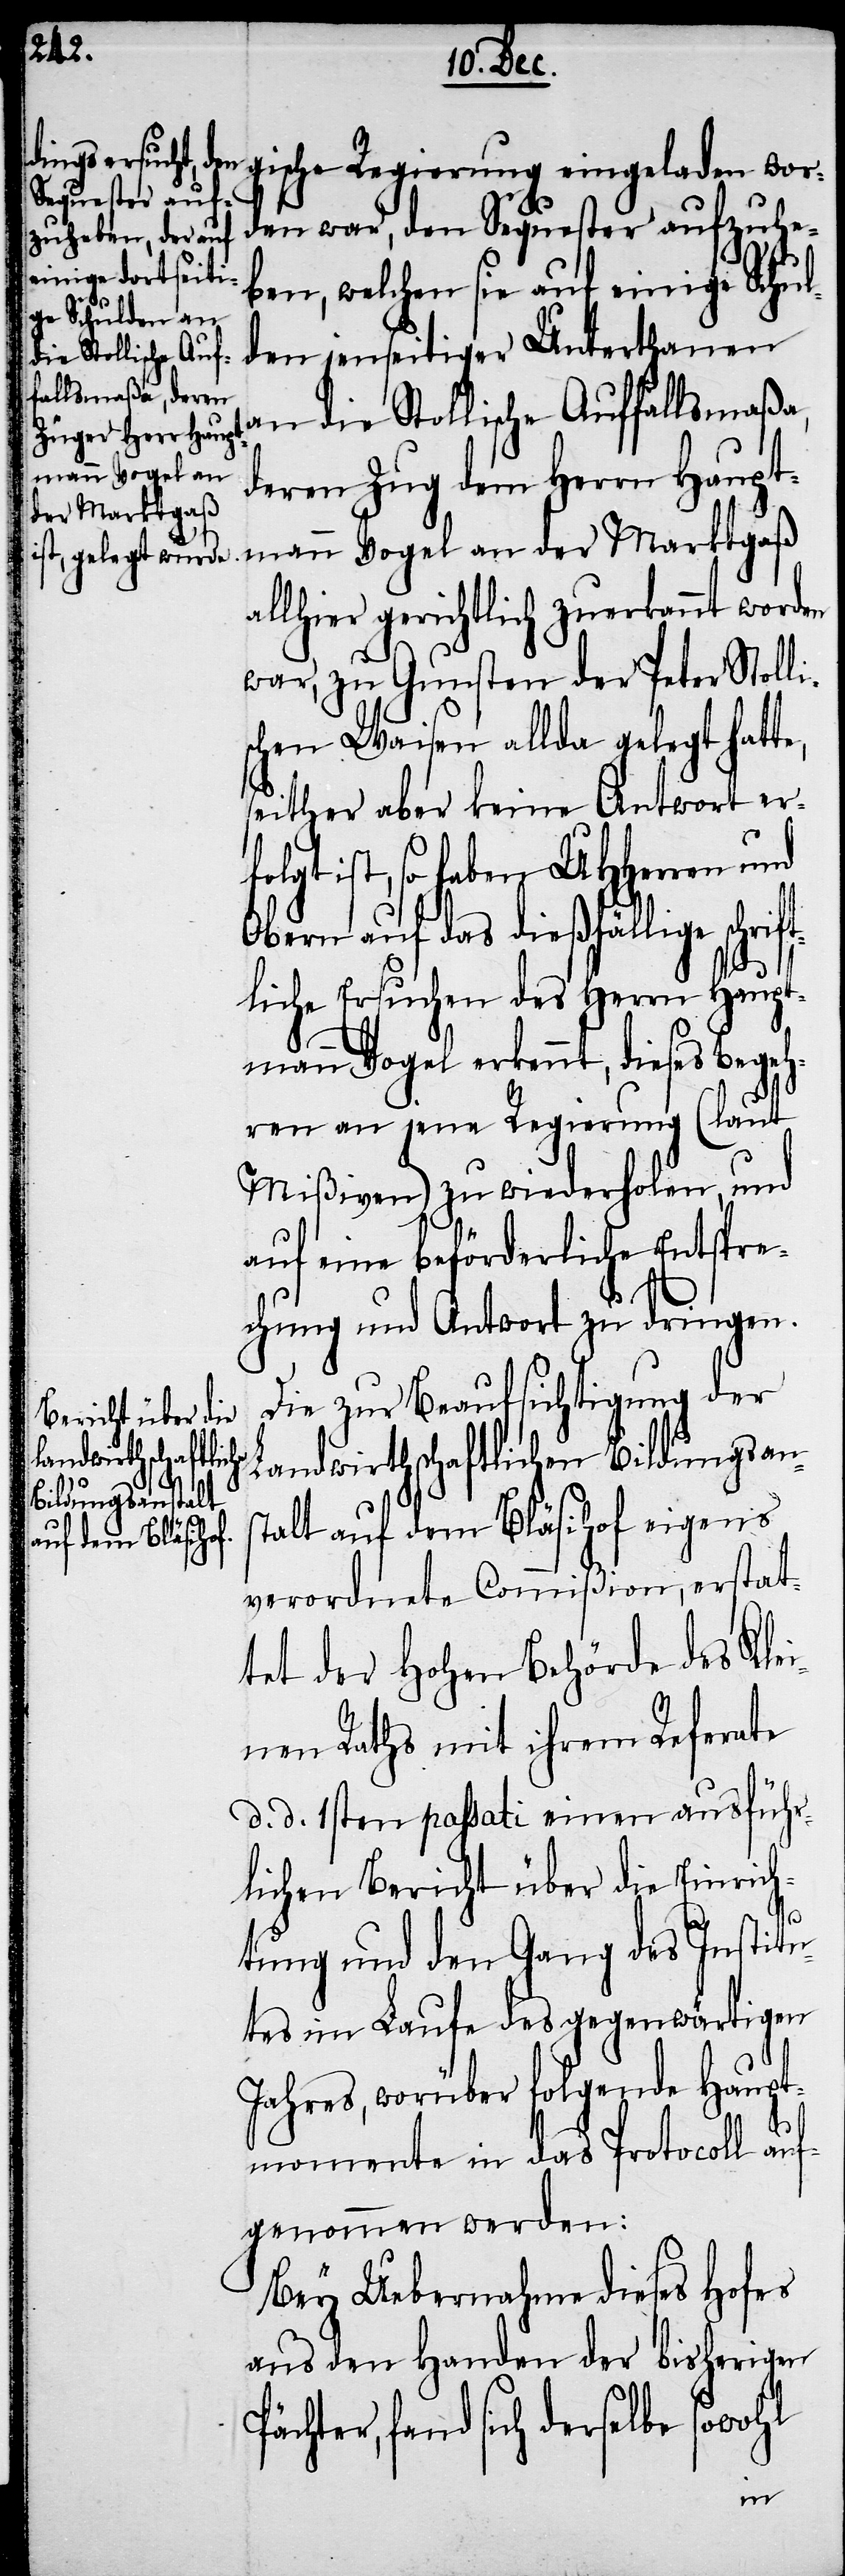
gische Regierung eingeladen wor¬
den war, den Sequester aufzuhe¬
ben, welchen sie auf einige Schul¬
den jenseitiger Unterthanen
an die Stollische Auffallsmaßa,
deren Zug dem Herrn Haupt¬
mann Vogel an der Marktgaß
allhier gerichtlich zuerkannt worden
war, zu Gunsten der Peter Stolli¬
schen Waisen allda gelegt hatt¬
seither aber keine Antwort erf¬
olgt ist, so haben UHHerren und
Obern auf das dießfällige schri¬
liche Ersuchen des Herrn Haupt¬
mann Vogel erkennt, dieses Begeh¬
ren an jene Regierung (laut
Mißiven) zu wiederholen, und
auf eine beförderliche Entspre¬
chung und Antwort zu dringen.
Die zur Beaufsichtigung der
Landwirthschaftlichen Bildungsans¬
talt auf dem Bläsihof eigens
verordnete Commißion, erstat¬
tet der Hohen Behörde des Kle¬
inen Raths mit ihrem Referate
d. d. 1sten passati einen ausführ¬
lichen Bericht über die Einrich¬
tung und den Gang des Institu¬
tes im Laufe des gegenwärtigen
Jahres, worüber folgende Haupt¬
momente in das Protocoll auf¬
genommen werden:
Bey Uebernahme dieses Hofes
aus den Handen der bisherigen
ächter, fand sich derselbe sowohl
P¬